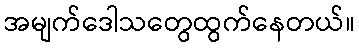
အမျက်ဒေါသတွေထွက်နေတယ်။